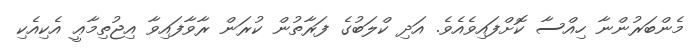
މެންބަރުންނާ ހިއްސާ ކޮށްފައިވެއެވެ. އަދި ކްލަބުގެ ފަރާތުން ކުރަން ރާވާފައިވާ އިޖުތިމާޢީ އެކިއެކި